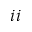
i i